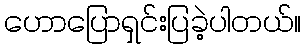
ဟောပြောရှင်းပြခဲ့ပါတယ်။